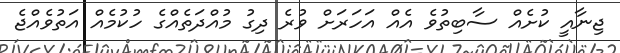
ޖިނާއީ ކުށެއް ސާބިތުވެ އެއް އަހަރަށް ވުރެ ދިގު މުއްދަތެއްގެ ހުކުމެއް އަތުވެއްޖެ